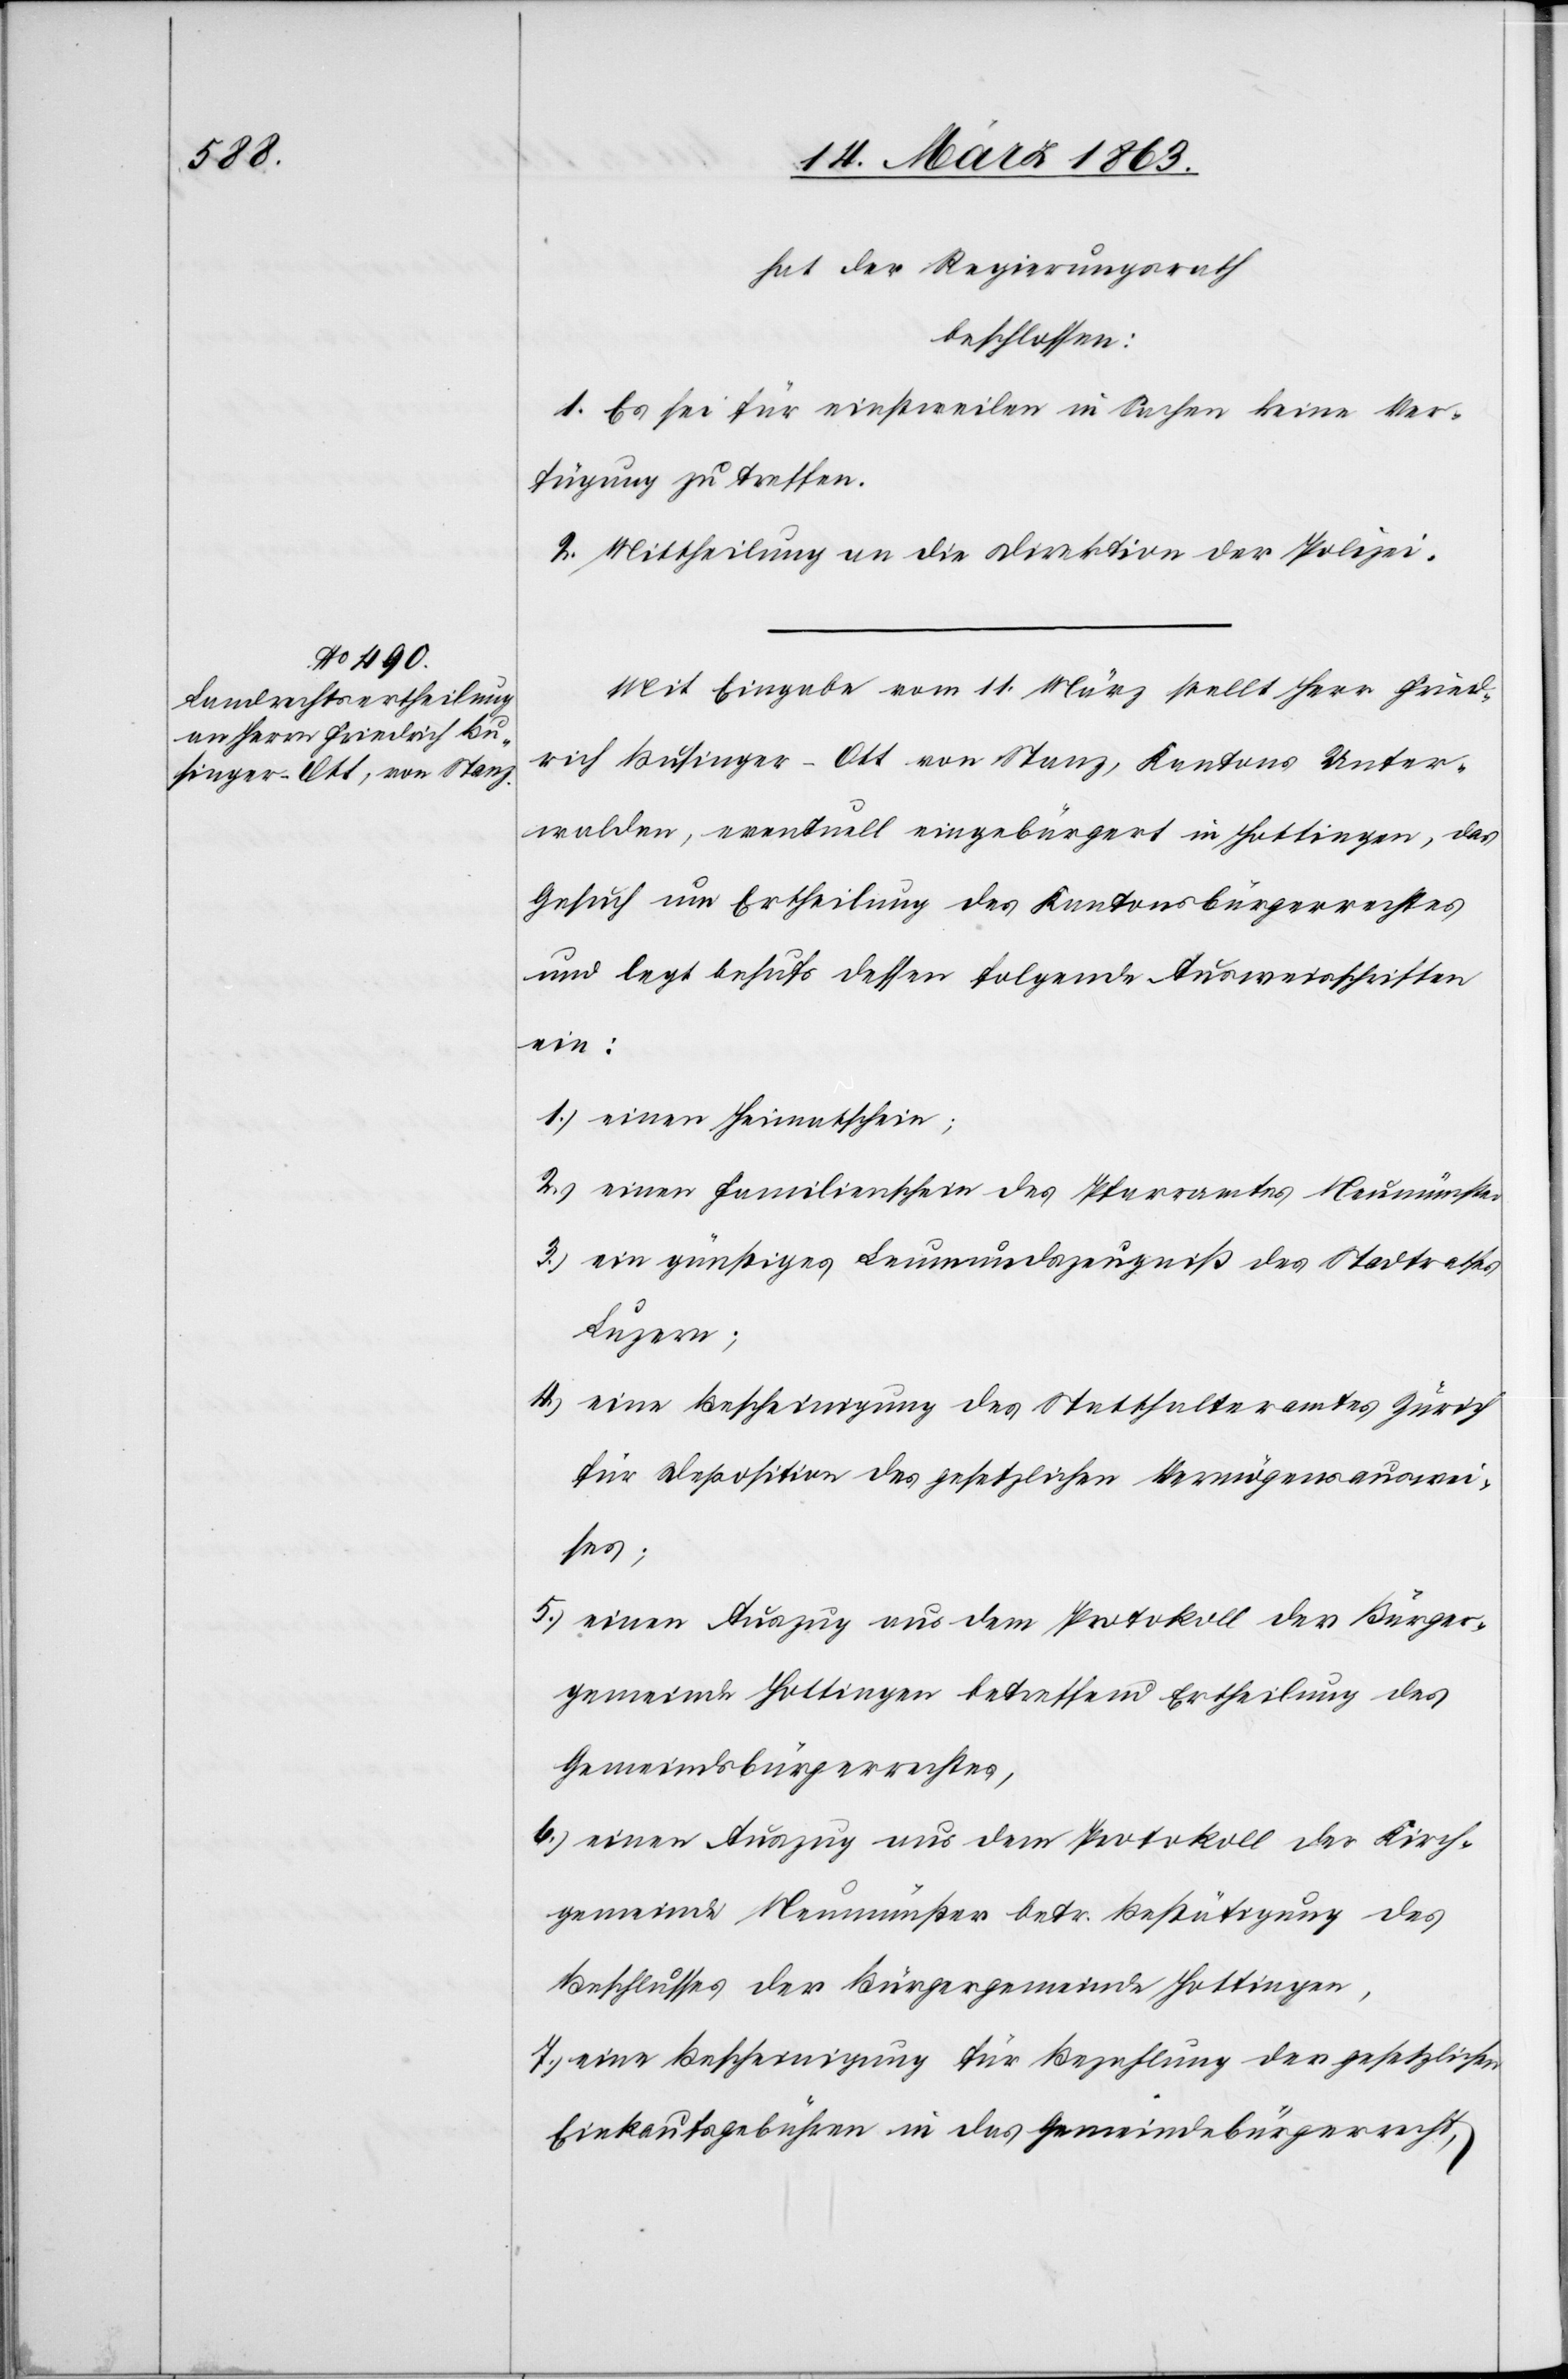
hat der Regierungsrath
beschlossen:
1. Es sei für einstweilen in Sachen keine Ver¬
fügung zu treffen.
2. Mittheilung an die Direktion der Polizei.
Mit Eingabe vom 11. März stellt Herr Fried¬
rich Businger–Ott von Stanz, Kantons Unter¬
walden, eventuell eingebürgert in Hottingen, das
Gesuch um Ertheilung des Kantonsbürgerrechtes
und legt behufs dessen folgende Ausweisschriften
ein:
1.) einen Heimatschein;
2.) einen Familienschein des Pfarramtes Neumünster
3.) ein günstiges Leumundszeugniß des Stadtrathes
Luzern;
4.) eine Bescheinigung des Statthalteramtes Zürich
für Deposition des gesetzlichen Vermögensauswei¬
ses;
5.) einen Auszug aus dem Protokoll der Bürger¬
gemeinde Hottingen betreffend Ertheilung des
Gemeindsbürgerrechtes,
6.) einen Auszug aus dem Protokoll der Kirch¬
gemeinde Neumünster betr. Bestätigung des
Beschlusses der Bürgergemeinde Hottingen,
7.) eine Bescheinigung für Bezahlung der gesetzlichen
Einkaufsgebühren in das Gemeindebürgerrecht,